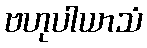
ဗဟုပါယာသံ